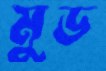
মুড